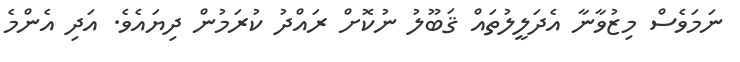
ނަމަވެސް މިޒުވާނާ އެދަލީލުތައް ޤަބޫލު ނުކޮށް ރައްދު ކުރަމުން ދިޔައެވެ. އަދި އެންމެ